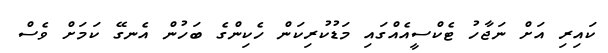
ކައިރި އަށް ނަޖާހު ޓެކްސީއެއްގައި މަޑުކުރިކަން ހެކިންގެ ބަހުން އެނގޭ ކަމަށް ވެސް